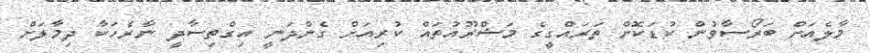
މާލެއަށް ބަރޯސާވުން ކުޑަކޮށް ތަރައްގީގެ މަޝްރޫއުތައް ކުރިއަށް ގެންދަނީ އިގްތިސާދީ ނާރެހަކާ ދިމާލަށް